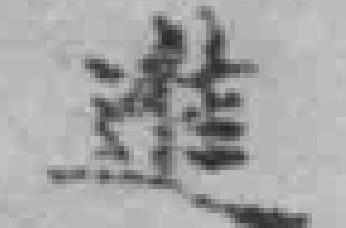
進